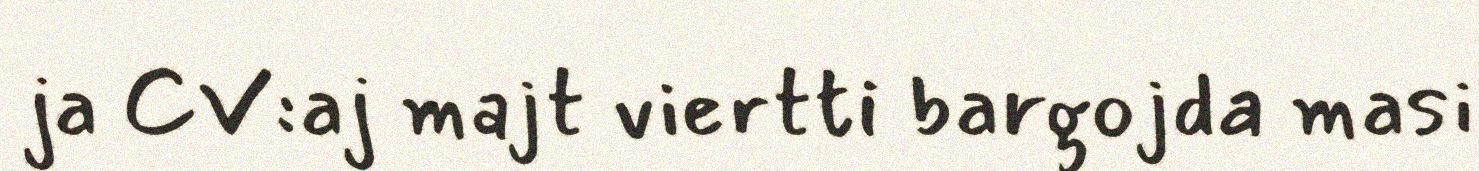
ja CV:aj majt viertti bargojda masi